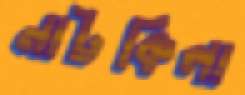
নাটকিলা